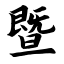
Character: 暨